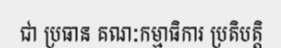
ជា ប្រធាន គណៈកម្មាធិការ ប្រតិបត្តិ